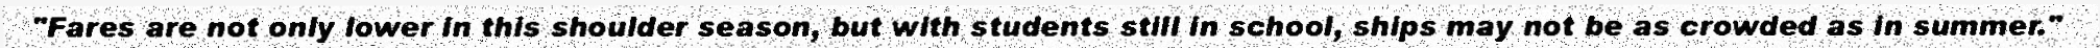
"Fares are not only lower in this shoulder season, but with students still in school, ships may not be as crowded as in summer."